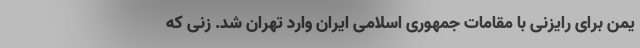
یمن برای رایزنی با مقامات جمهوری اسلامی ایران وارد تهران شد. زنی که